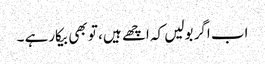
اب اگر بولیں کہ اچھے ہیں ، تو بھی بیکارہے ۔